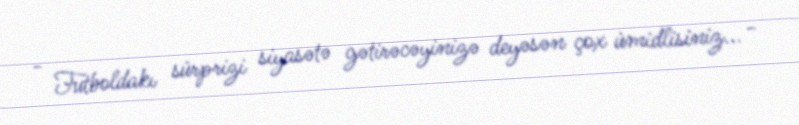
- Futboldakı sürprizi siyasətə gətirəcəyinizə deyəsən çox ümidlisiniz... -